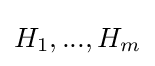
H_{1},...,H_{m}